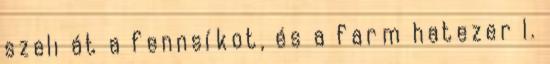
szeli át a fennsíkot, és a farm hatezer l.